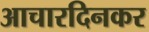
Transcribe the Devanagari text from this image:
आचारदिनकर